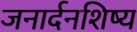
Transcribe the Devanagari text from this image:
जनार्दनशिष्य